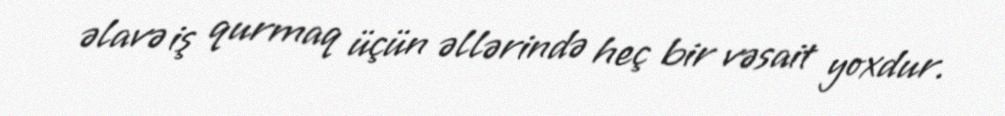
əlavə iş qurmaq üçün əllərində heç bir vəsait yoxdur.